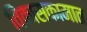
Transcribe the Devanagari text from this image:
विकासकामात